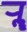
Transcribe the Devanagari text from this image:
र्‍ाॣ